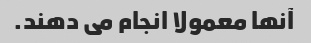
آنها معمولا انجام می دهند.